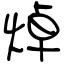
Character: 焯